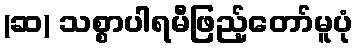
(ဆ) သစ္စာပါရမီဖြည့်တော်မူပုံ